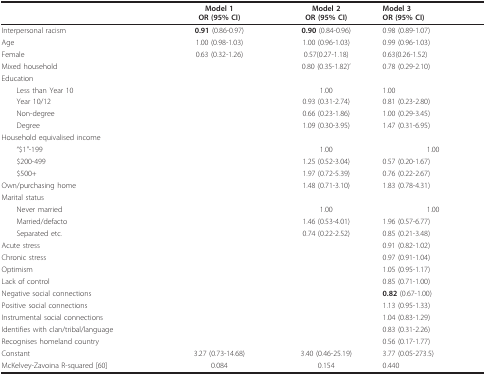
<table><thead><tr><td></td><td><b>Model 1OR (95% CI)</b></td><td><b>Model 2OR (95% CI)</b></td><td><b>Model 3OR (95% CI)</b></td></tr></thead><tbody><tr><td>Interpersonal racism</td><td><b>0.91 </b>(0.86-0.97)</td><td><b>0.90 </b>(0.84-0.96)</td><td>0.98 (0.89-1.07)</td></tr><tr><td>Age</td><td>1.00 (0.98-1.03)</td><td>1.00 (0.96-1.03)</td><td>0.99 (0.96-1.03)</td></tr><tr><td>Female</td><td>0.63 (0.32-1.26)</td><td>0.57(0.27-1.18)</td><td>0.63(0.26-1.52)</td></tr><tr><td>Mixed household</td><td></td><td>0.80 (0.35-1.82)&#x27;</td><td>0.78 (0.29-2.10)</td></tr><tr><td colspan="4">Education</td></tr><tr><td> Less than Year 10</td><td></td><td>1.00</td><td>1.00</td></tr><tr><td> Year 10/12</td><td></td><td>0.93 (0.31-2.74)</td><td>0.81 (0.23-2.80)</td></tr><tr><td> Non-degree</td><td></td><td>0.66 (0.23-1.86)</td><td>1.00 (0.29-3.45)</td></tr><tr><td> Degree</td><td></td><td>1.09 (0.30-3.95)</td><td>1.47 (0.31-6.95)</td></tr><tr><td colspan="4">Household equivalised income</td></tr><tr><td> &quot;$1&quot;-199</td><td></td><td>1.00</td><td>1.00</td></tr><tr><td> $200-499</td><td></td><td>1.25 (0.52-3.04)</td><td>0.57 (0.20-1.67)</td></tr><tr><td> $500+</td><td></td><td>1.97 (0.72-5.39)</td><td>0.76 (0.22-2.67)</td></tr><tr><td>Own/purchasing home</td><td></td><td>1.48 (0.71-3.10)</td><td>1.83 (0.78-4.31)</td></tr><tr><td colspan="4">Marital status</td></tr><tr><td> Never married</td><td></td><td>1.00</td><td>1.00</td></tr><tr><td> Married/defacto</td><td></td><td>1.46 (0.53-4.01)</td><td>1.96 (0.57-6.77)</td></tr><tr><td> Separated etc.</td><td></td><td>0.74 (0.22-2.52)</td><td>0.85 (0.21-3.48)</td></tr><tr><td>Acute stress</td><td></td><td></td><td>0.91 (0.82-1.02)</td></tr><tr><td>Chronic stress</td><td></td><td></td><td>0.97 (0.91-1.04)</td></tr><tr><td>Optimism</td><td></td><td></td><td>1.05 (0.95-1.17)</td></tr><tr><td>Lack of control</td><td></td><td></td><td>0.85 (0.71-1.00)</td></tr><tr><td>Negative social connections</td><td></td><td></td><td><b>0.82 </b>(0.67-1.00)</td></tr><tr><td>Positive social connections</td><td></td><td></td><td>1.13 (0.95-1.33)</td></tr><tr><td>Instrumental social connections</td><td></td><td></td><td>1.04 (0.83-1.29)</td></tr><tr><td>Identifies with clan/tribal/language</td><td></td><td></td><td>0.83 (0.31-2.26)</td></tr><tr><td>Recognises homeland country</td><td></td><td></td><td>0.56 (0.17-1.77)</td></tr><tr><td>Constant</td><td>3.27 (0.73-14.68)</td><td>3.40 (0.46-25.19)</td><td>3.77 (0.05-273.5)</td></tr><tr><td>McKelvey-Zavoina R-squared [60]</td><td>0.084</td><td>0.154</td><td>0.440</td></tr></tbody></table>